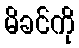
မိခင်ကို